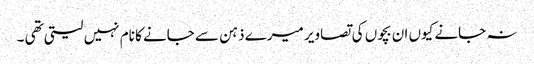
نہ جانے کیوں ان بچوں کی تصاویر میرے ذہن سے جانے کا نام نہیں لیتی تھی ۔